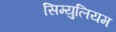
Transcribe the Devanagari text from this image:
सिम्युलियम